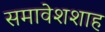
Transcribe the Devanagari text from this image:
समावेशशाह